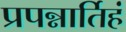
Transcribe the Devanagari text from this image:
प्रपन्नार्तिहं